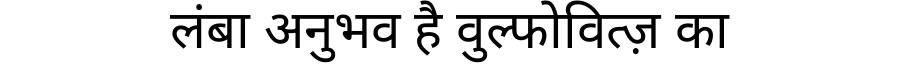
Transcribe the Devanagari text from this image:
लंबा अनुभव है वुल्फोवित्ज़ का